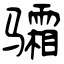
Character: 骦